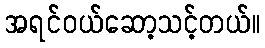
အရင်ဝယ်ဆော့သင့်တယ်။